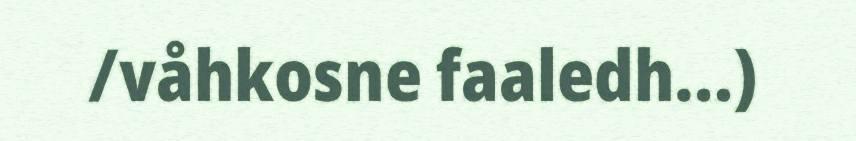
/våhkosne faaledh…)